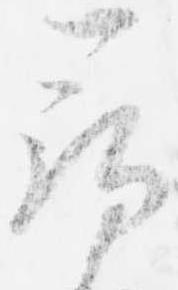
尋